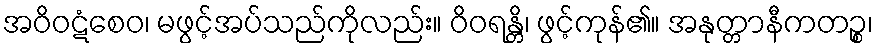
အဝိဝဋံစေဝ၊ မဖွင့်အပ်သည်ကိုလည်း။ ဝိဝရန္တိ၊ ဖွင့်ကုန်၏။ အနုတ္တာနီကတဉ္စ၊